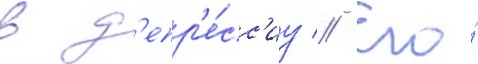
в д'епр'е́сс'иу // Его́